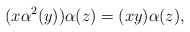
\begin{align*}(x\alpha^{2}(y))\alpha(z)=(xy)\alpha(z),\end{align*}